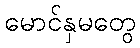
မောင်နှမတွေ